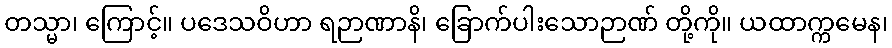
တသ္မာ၊ ကြောင့်။ ပဒေသဝိဟာ ရဉာဏာနိ၊ ခြောက်ပါးသောဉာဏ် တို့ကို။ ယထာက္ကမေန၊